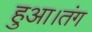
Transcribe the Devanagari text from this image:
हुआ।तंग